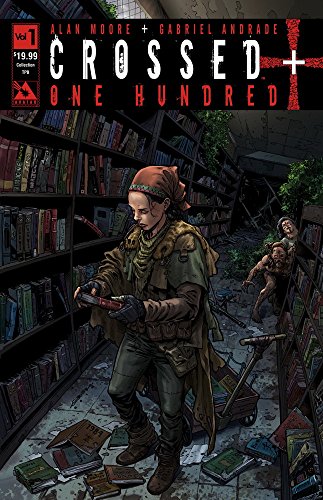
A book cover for Crossed +100 Volume 1 TP (Crossed Plus 100 Tp); Alan Moore; Comics & Graphic Novels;